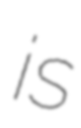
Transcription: is